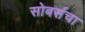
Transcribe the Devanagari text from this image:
सोबर्सचा